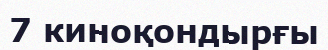
7 киноқондырғы